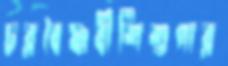
চরবৈষ্ণবীশিশুপার